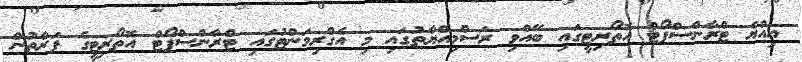
އިއްޔެ ޓްރާންސްޕޯޓް އޮތޯރިޓީގައި ބޭއްވި ރަސްމިއްޔާތުގައި މި އެގްރިމަންޓުގައި ޓްރާންސްޕޯޓް އޮތޯރިޓީގެ ފަރާތުން